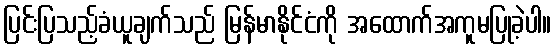
ပြင်းပြသည့်ခံယူချက်သည် မြန်မာနိုင်ငံကို အထောက်အကူမပြုခဲ့ပါ။